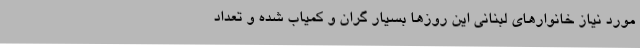
مورد نیاز خانوارهای لبنانی این روزها بسیار گران و کمیاب شده و تعداد